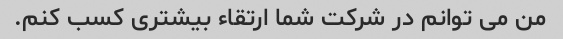
من می توانم در شرکت شما ارتقاء بیشتری کسب کنم.